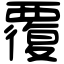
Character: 覆